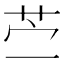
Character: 苎